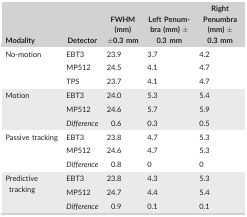
| Modality | Detector | FWHM (mm) ±0.3 mm | Left Penumbra (mm) ± 0.3 mm | Right Penumbra (mm) ± 0.3 mm |
 | --- | --- | --- | --- | --- |
 | <ROWSPAN=3> No‐motion | EBT3 | 23.9 | 3.7 | 4.2 |
 | MP512 | 24.5 | 4.1 | 4.7 |
 | TPS | 23.7 | 4.1 | 4.7 |
 | <ROWSPAN=3> Motion | EBT3 | 24.0 | 5.3 | 5.4 |
 | MP512 | 24.6 | 5.7 | 5.9 |
 | Difference | 0.6 | 0.3 | 0.5 |
 | <ROWSPAN=3> Passive tracking | EBT3 | 23.8 | 4.7 | 5.3 |
 | MP512 | 24.6 | 4.7 | 5.3 |
 | Difference | 0.8 | 0 | 0 |
 | <ROWSPAN=3> Predictive tracking | EBT3 | 23.8 | 4.3 | 5.3 |
 | MP512 | 24.7 | 4.4 | 5.4 |
 | Difference | 0.9 | 0.1 | 0.1 |